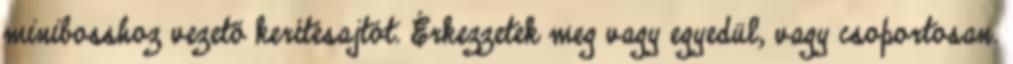
minibosshoz vezető kerítésajtót. Érkezzetek meg vagy egyedül, vagy csoportosan.